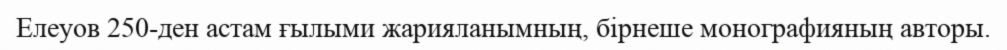
Елеуов 250-ден астам ғылыми жарияланымның, бірнеше монографияның авторы.